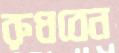
রুধবেন